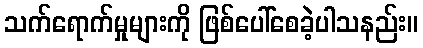
သက်ရောက်မှုများကို ဖြစ်ပေါ်စေခဲ့ပါသနည်း။